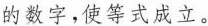
的数字，使等式成立。